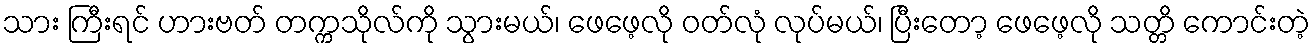
သား ကြီးရင် ဟားဗတ် တက္ကသိုလ်ကို သွားမယ်၊ ဖေဖေ့လို ဝတ်လုံ လုပ်မယ်၊ ပြီးတော့ ဖေဖေ့လို သတ္တိ ကောင်းတဲ့